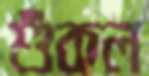
শুঁকল